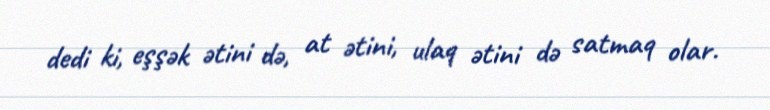
dedi ki, eşşək ətini də, at ətini, ulaq ətini də satmaq olar.